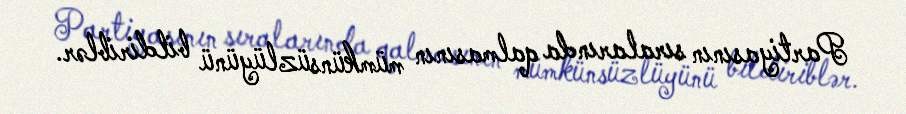
Partiyasının sıralarında qalmasının mümkünsüzlüyünü bildiriblər.